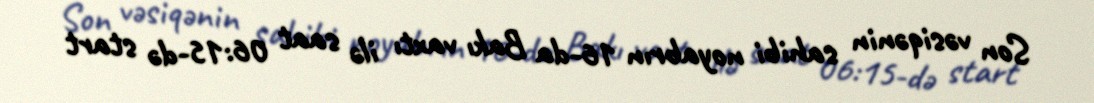
Son vəsiqənin sahibi noyabrın 16-da Bakı vaxtı ilə saat 06:15-də start